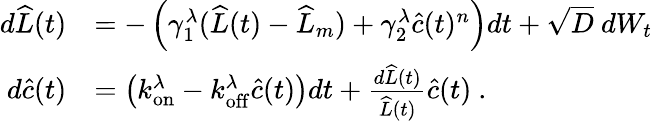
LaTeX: \begin{array}{rl}{d\widehat{L}(t)}&{=-\left(\gamma_{1}^{\lambda}(\widehat{L}(t)-\widehat{L}_{m})+\gamma_{2}^{\lambda}\widehat{c}(t)^{n}\right)dt+\sqrt{D}\ dW_{t}}\\ {d\widehat{c}(t)}&{=\left(k_{\mathrm{on}}^{\lambda}-k_{\mathrm{off}}^{\lambda}\widehat{c}(t)\right)dt+\frac{d\widehat{L}(t)}{\widehat{L}(t)}\widehat{c}(t)\ .}\end{array}